Indian journal of veterinary science and animal husbandry - Volume 13,
Year: 1943
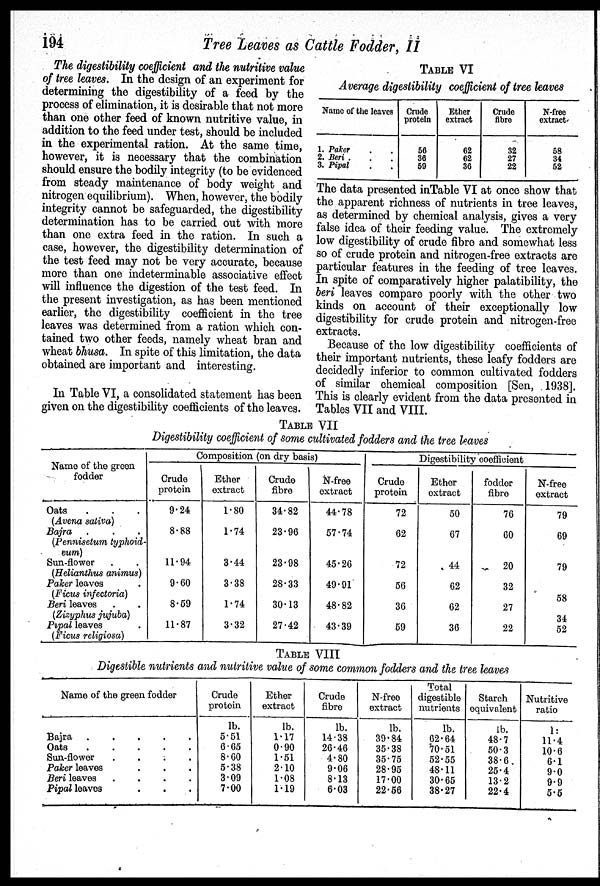
194
Tree Leaves as Cattle Fodder, II
The digestibility coefficient and the nutritive value
of tree leaves. In the design of an experiment for
determining the digestibility of a feed by the
process of elimination, it is desirable that not more
than one other feed of known nutritive value, in
addition to the feed under test, should be included
in the experimental ration. At the same time,
however, it is necessary that the combination
should ensure the bodily integrity (to be evidenced
from steady maintenance of body weight and
nitrogen equilibrium). When, however, the bodily
integrity cannot be safeguarded, the digestibility
determination has to be carried out with more
than one extra feed in the ration. In such a
case, however, the digestibility determination of
the test feed may not be very accurate, because
more than one indeterminable associative effect
will influence the digestion of the test feed. In
the present investigation, as has been mentioned
earlier, the digestibility coefficient in the tree
leaves was determined from a ration which con-
tained two other feeds, namely wheat bran and
wheat bhusa. In spite of this limitation, the data
obtained are important and interesting.
In Table VI, a consolidated statement has been
given on the digestibility coefficients of the leaves.
TABLE VI
Average digestibility coefficient of tree leaves
Name of the leaves
1. Paker . .
2. Beri . . .
3. Pipal . .
Crude
protein
56
36
59
Ether
extract
62
62
36
Crude
fibre
32
27
22
N-free
extract
58
34
52
The data presented in Table VI at once show that
the apparent richness of nutrients in tree leaves,
as determined by chemical analysis, gives a very
false idea of their feeding value. The extremely
low digestibility of crude fibre and somewhat less
so of crude protein and nitrogen-free extracts are
particular features in the feeding of tree leaves.
In spite of comparatively higher palatibility, the
beri leaves compare poorly with the other two
kinds on account of their exceptionally low
digestibility for crude protein and nitrogen-free
extracts.
Because of the low digestibility coefficients of
their important nutrients, these leafy fodders are
decidedly inferior to common cultivated fodders
of similar chemical composition [Sen, 1938].
This is clearly evident from the data presented in
Tables VII and VIII.
TABLE VII
Digestibility coefficient of some cultivated fodders and the tree leaves
Name of the green
fodder
Oats . . .
(Avena saliva)
Bajra . . .
(Pennisetum typhoid-
eum)
Sun-flowor . .
(Helianthus
animus)
Paker leaves .
(Ficus infectoria)
Beri leaves . .
(Zizyphus jujuba)
Pipal leaves .
(Ficus religiosa)
Composition (on dry basis)
Crude
protein
9.24
8.88
11.94
9.60
8.59
11.87
Ether
extract
1.80
1.74
3.44
3.38
1.74
3.32
Crude
fibre
34.82
23.96
23.98
28.33
30.13
27.42
N-free
extract
44.78
57.74
45.26
49.91
48.82
43.39
Digestibility coefficient
Crudo
protein
72
62
72
56
36
59
Ethor
extract
50
67
44
62
62
36
fodder
fibre
76
60
20
32
27
22
N-free
extract
79
69
79
58
34
52
TABLE VIII
Digestible nutrients and nutritive value of some common fodders and the tree leaves
Name of the green fodder
Bajra
Oats
Sun-flower
.
.
.
.
Paker leaves . . .
Beri leaves
.
.
.
.
Pipal leaves . . .
Crude
protein
lb.
5.51
6.65
8.60
5.38
3.09
7.00
Ether
extract
lb.
1.17
0.90
1.51
2.10
1.08
1.19
Crude
fibre
lb.
14.38
26.46
4.80
9.06
8.13
6.03
N-free
extract
lb.
39.84
35.38
35.75
28.95
17.00
22.56
Total
digestible
nutrients
lb.
62.64
70.51
52.55
48.11
30.65
38.27
Starch
equivalent
lb.
48.7
50.3
38.6
25.4
13.2
22.4
Nutritive
ratio
lb.
11.4
10.6
6.1
9.0
9.9
5.5